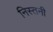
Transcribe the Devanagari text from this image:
निस्तनी